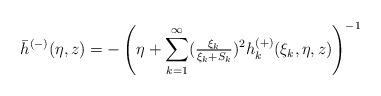
LaTeX: \begin{align*} \bar h^{(-)}(\eta,z)= - \left(\eta + \sum_{k=1}^\infty (\tfrac{\xi_k}{\xi_k+S_k})^2 h_k^{(+)}(\xi_k,\eta,z)\right)^{-1}\end{align*}